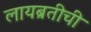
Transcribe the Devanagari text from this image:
लायब्रतीची